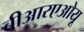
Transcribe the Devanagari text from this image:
बीआरएओयू